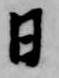
日